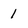
Character: 1